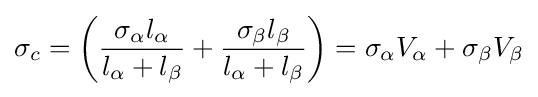
\sigma _{c}=\left({\frac {\sigma _{\alpha }l_{\alpha }}{l_{\alpha }+l_{\beta }}}+{\frac {\sigma _{\beta }l_{\beta }}{l_{\alpha }+l_{\beta }}}\right)=\sigma _{\alpha }V_{\alpha }+\sigma _{\beta }V_{\beta }